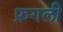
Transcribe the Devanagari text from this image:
फ़गली